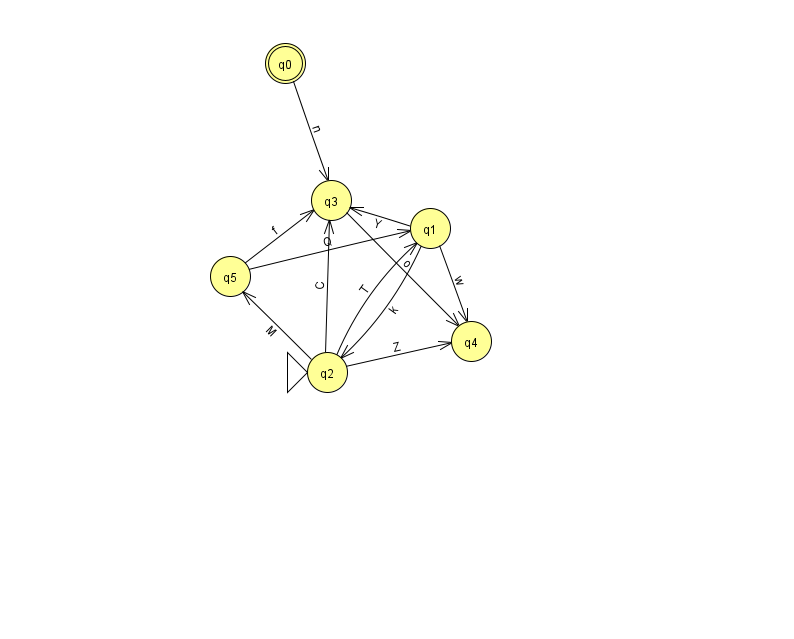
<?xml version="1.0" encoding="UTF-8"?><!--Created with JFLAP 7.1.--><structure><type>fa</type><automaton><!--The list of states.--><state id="0" name="q0"><x>285.0</x><y>50.0</y><final/></state><state id="1" name="q1"><x>430.0</x><y>215.0</y></state><state id="2" name="q2"><x>327.0</x><y>359.0</y><initial/></state><state id="3" name="q3"><x>331.0</x><y>187.0</y></state><state id="4" name="q4"><x>471.0</x><y>328.0</y></state><state id="5" name="q5"><x>230.0</x><y>263.0</y></state><!--The list of transitions.--><transition><from>2</from><to>3</to><read>C</read></transition><transition><from>0</from><to>3</to><read>n</read></transition><transition><from>3</from><to>4</to><read>o</read></transition><transition><from>5</from><to>3</to><read>f</read></transition><transition><from>2</from><to>1</to><read>T</read></transition><transition><from>2</from><to>4</to><read>Z</read></transition><transition><from>5</from><to>1</to><read>Q</read></transition><transition><from>1</from><to>4</to><read>w</read></transition><transition><from>1</from><to>3</to><read>Y</read></transition><transition><from>1</from><to>2</to><read>k</read></transition><transition><from>2</from><to>5</to><read>M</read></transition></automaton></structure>